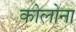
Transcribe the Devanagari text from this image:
कोलोना